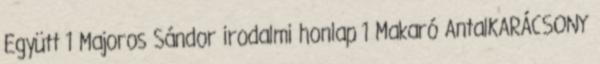
Együtt 1 Majoros Sándor irodalmi honlap 1 Makaró AntalKARÁCSONY